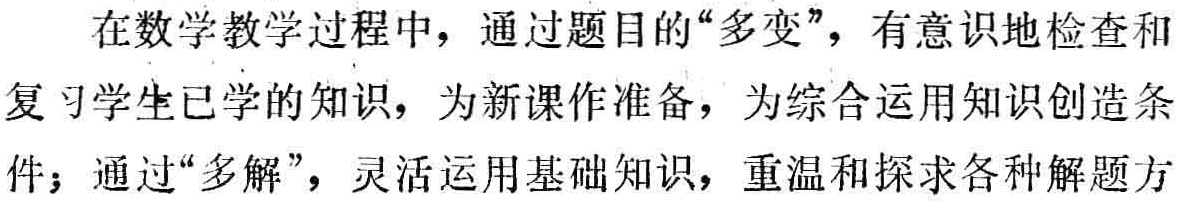
在数学教学过程中，通过题目的“多变”，有意识地检查和

复习学生已学的知识，为新课作准备，为综合运用知识创造条

件；通过“多解”，灵活运用基础知识，重温和探求各种解题方